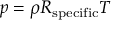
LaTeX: p = \rho R _ { \mathrm { s p e c i f i c } } T